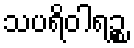
သပရိဝါရဉ္စ